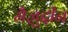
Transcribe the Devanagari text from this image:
मैज़ुद्दीन